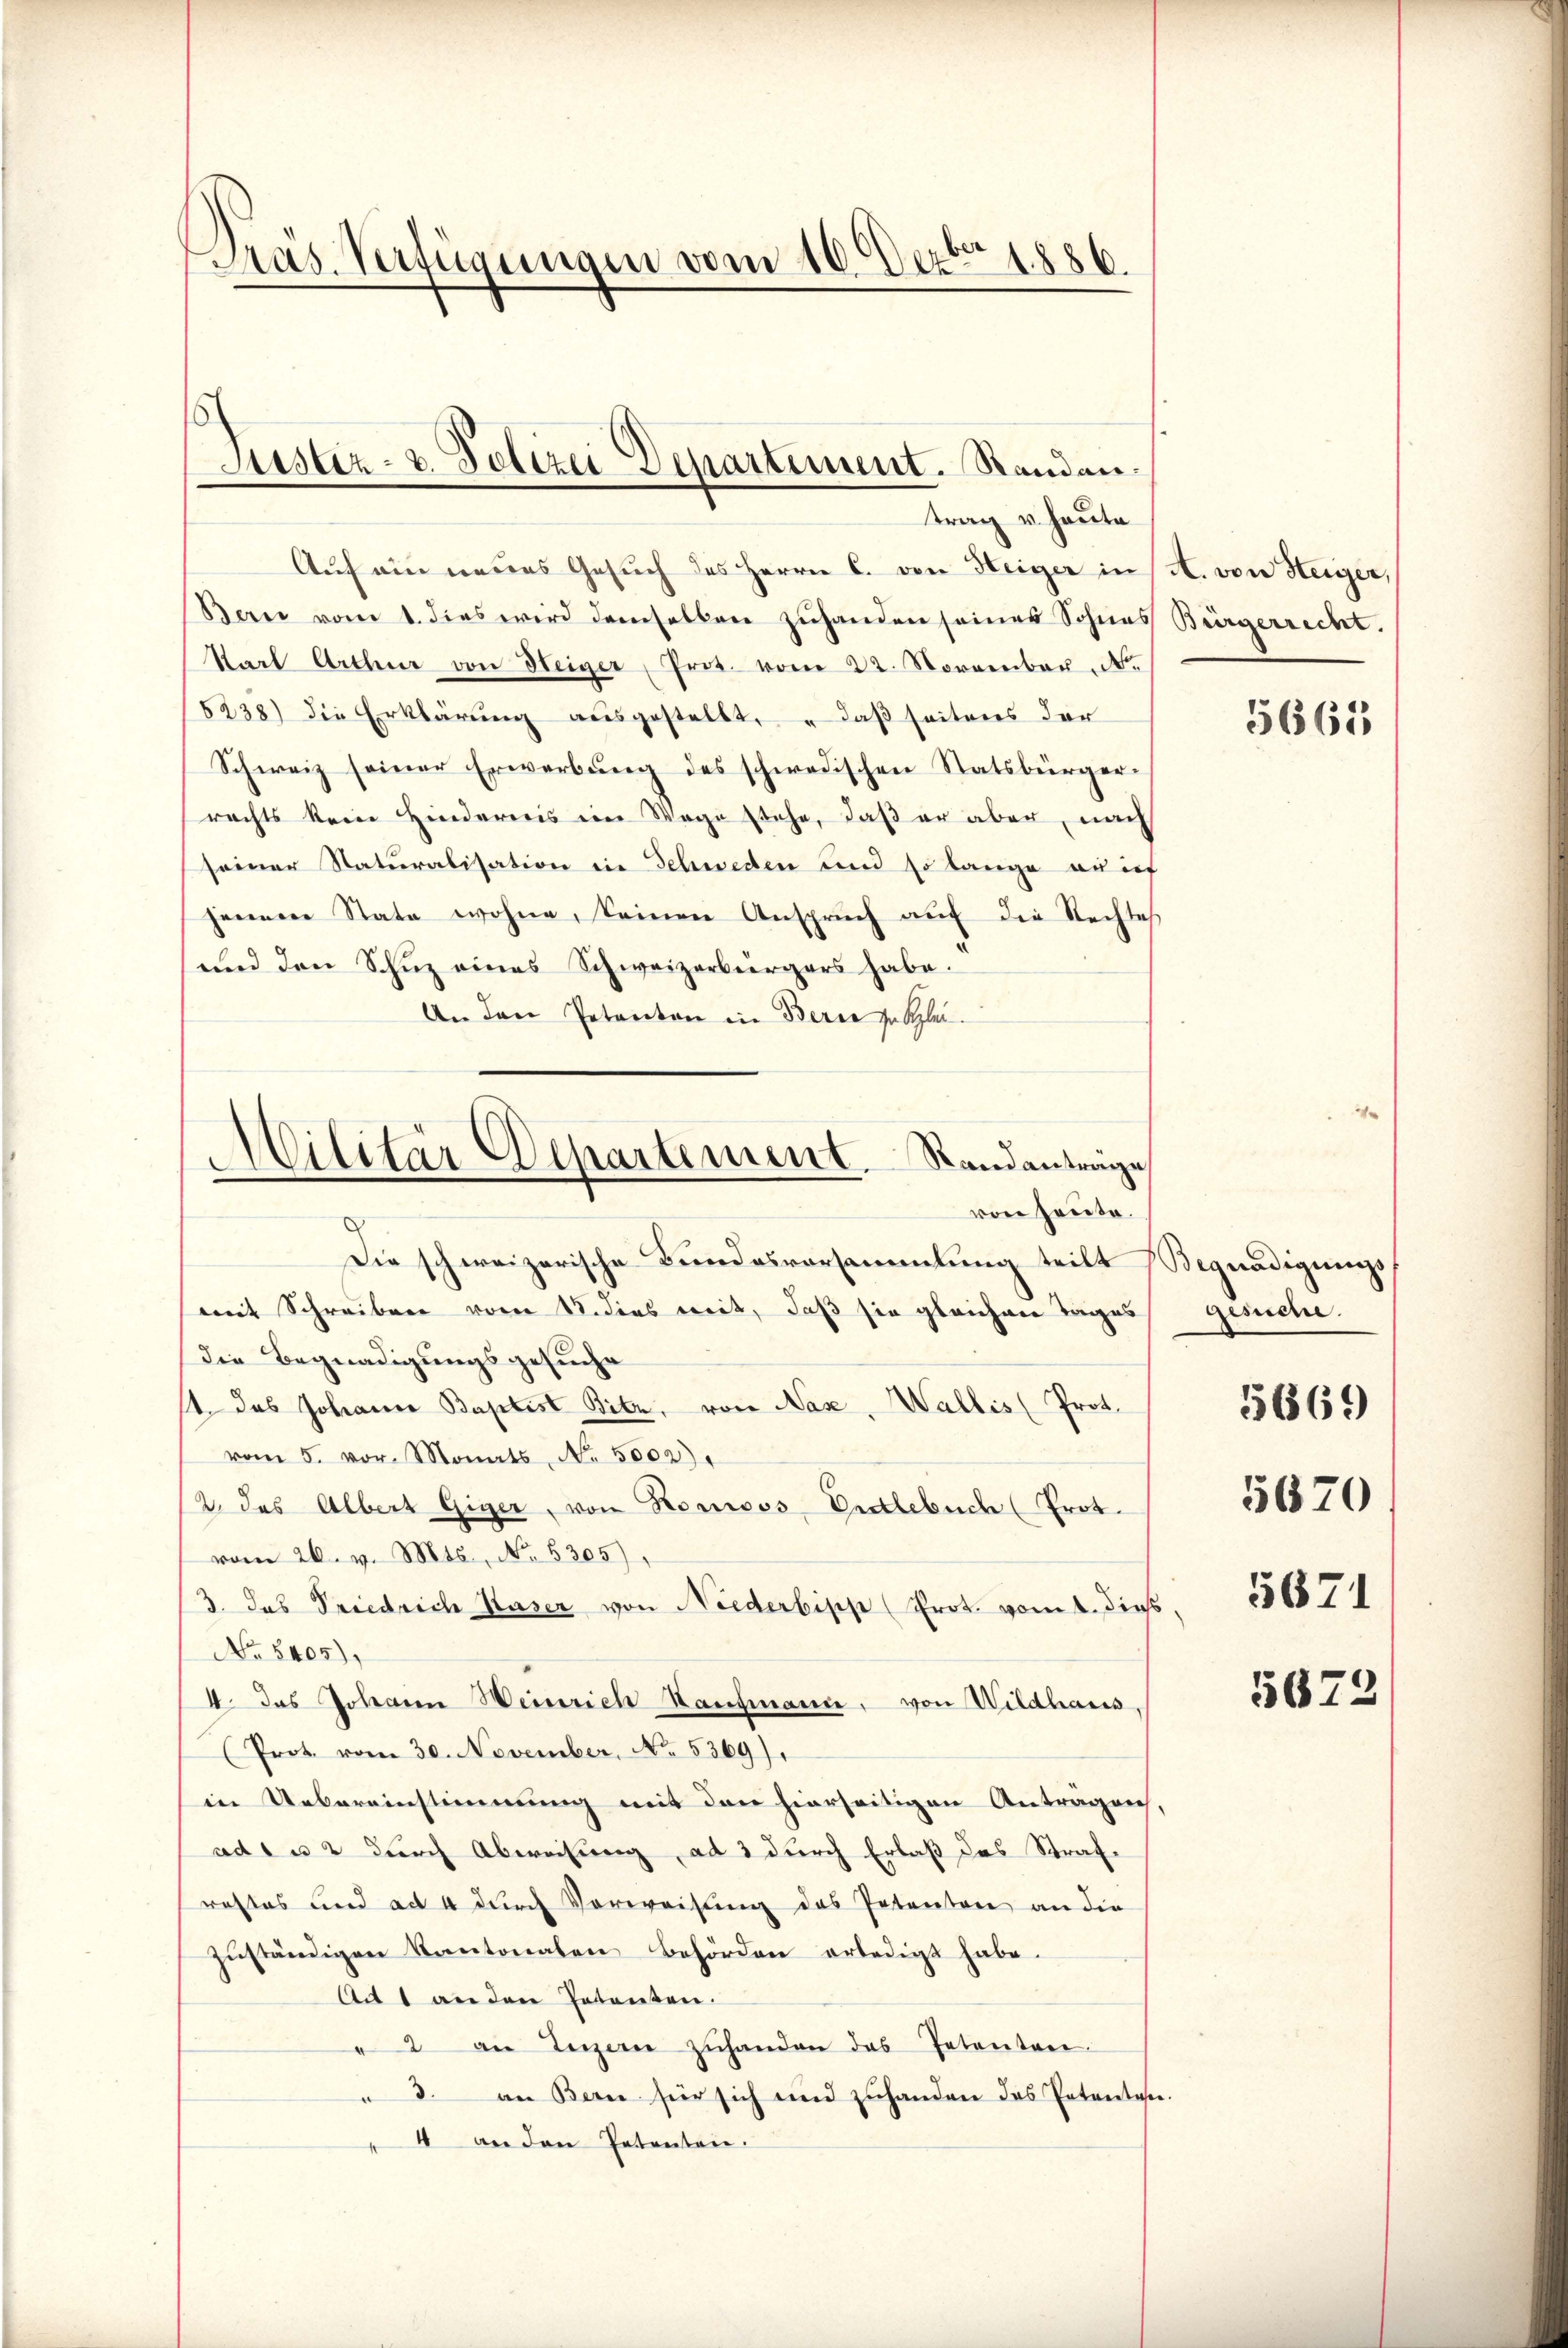
Präs. Verfügungen vom 10. Dezbr. 1886

Auf ein neues Gesuch des Herrn C. von Heiger in
Ban vom 1. dies wird demselben zuhanden seiner Sohnes
Starl Arthur von Heizer, Prot. vom 22. November. N
6238) die Erklärŭng aŭsgestellt. " daß seitens der
Schweiz seiner Erwerbung des schwedischen Statsbürgerrechts kein Hindernis ein Wage stehe, daß er aber, nach
seiner Naturalisation in Schweden und so lange auf
jenem State wohne, keinen Anspruch auf die Rechtes
und den Schuz eines Schweizerbürgers habe.
An den Petenten in Berne so bleivon heute.
Die schweizerische Bundesvorsammlung teilt
(mit Schreiben vom 18. dies mit, daß sie gleichen Tages
die Begnadigungsgesuche
1. das Johanne Baptist Bitz, von Naz, Wallis (Prot.
vom 5. vor. Monats No. 5002)
12. das Albert Giger, von Ronoos Erdlebuch (Prot.
vom 26. v. Mts., No. 5305)
/3. das Friedrich Kaser von Niederbipp Prot. vom 1. dieß, 16874
No 5405),
4 das Johann Weinrich Hausmann, von Wildhaus
(Prot. vom 30. November, No. 5369)
in Uebereinstimmung mit den hierseitigen Anträgen,
ad 1 u 2 durch Abweisung, ad 3 durch Erlaß das Strafrastes und ad 4 dŭrch Vorweisŭng des Petenten an die
zuständigen Kantonalen Behörden erledigt habe.
Ad 1 an den Petenten.
" 2 an Luzern zŭhanden das Petenten.
" 3. an Bern für sich und zuhanden das Patentater
4 an den Petenten.

Justiz- u. Polizei Departement. Randantrag u. heute

Cilitär Departement. Standanträge
d

A. von Steiger,
Bürgerrecht.

5661

Begnadigungs
gesuche.
5670

5669

5672